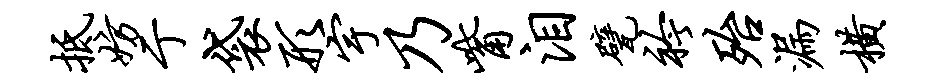
抵妨亍袋形宇乃觜泪甓衿殆漏横